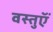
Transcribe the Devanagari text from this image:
वस्‍तुऍं